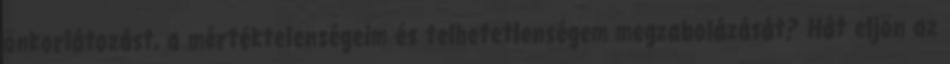
önkorlátozást, a mértéktelenségeim és telhetetlenségem megzabolázását? Hát eljön az